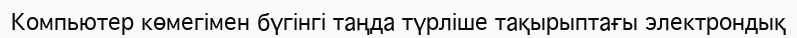
Компьютер көмегімен бүгінгі таңда түрліше тақырыптағы электрондық